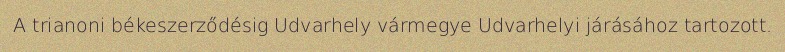
A trianoni békeszerződésig Udvarhely vármegye Udvarhelyi járásához tartozott.